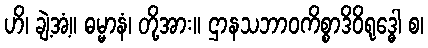
ဟိ၊ ချဲ့အံ့။ ဓမ္မာနံ၊ တို့အား။ ဌာနသဘာဝကိစ္စာဒိဝိရုဒ္ဓေါ စ၊